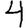
Digit: 4